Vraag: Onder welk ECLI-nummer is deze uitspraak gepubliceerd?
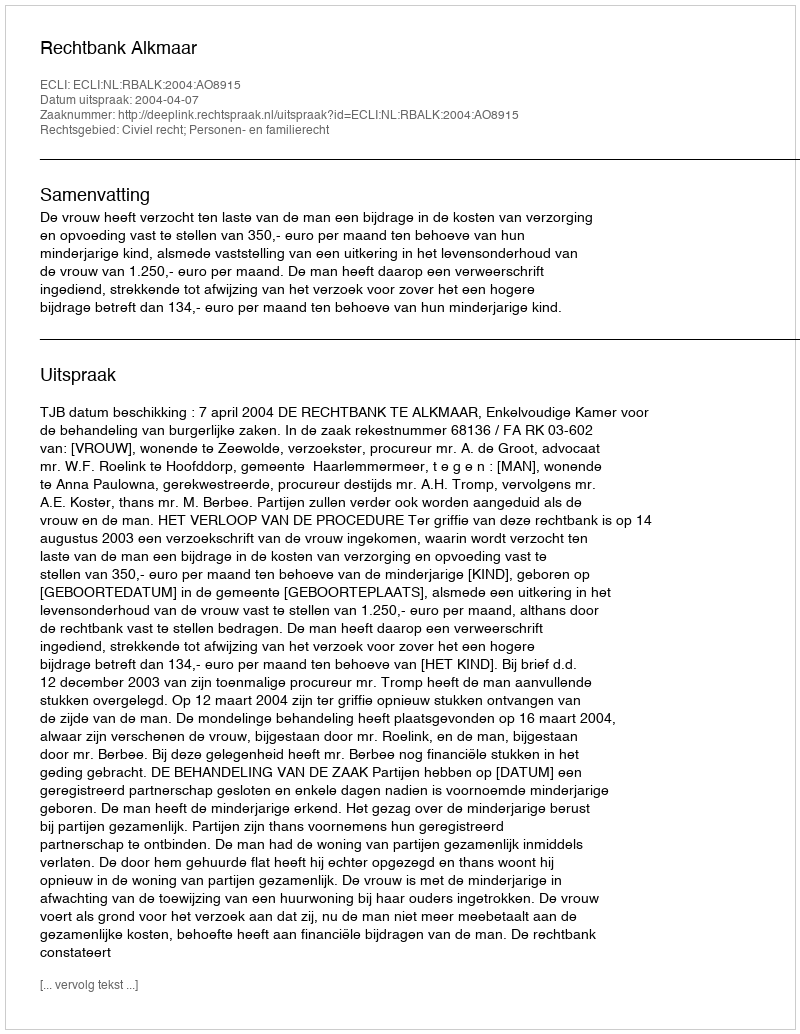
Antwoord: ECLI:NL:RBALK:2004:AO8915